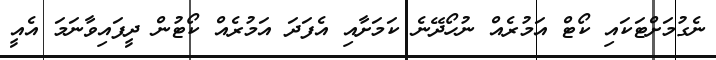
ނެގުމަށްޓަކައި ކޯޓް އަމުރެއް ނުހޯދޭނެ ކަމަށާއި އެފަދަ އަމުރެއް ކޯޓުން ދީފައިވާނަމަ އެއީ